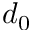
d _ { 0 }